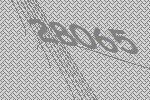
28065